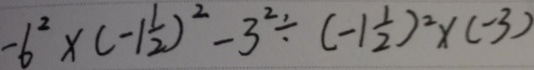
- 6 ^ { 2 } \times ( - 1 \frac { 1 } { 2 } ) ^ { 2 } - 3 ^ { 2 } \div ( - 1 \frac { 1 } { 2 } ) ^ { 2 } \times ( - 3 )